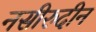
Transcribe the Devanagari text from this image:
नसीरुदीन